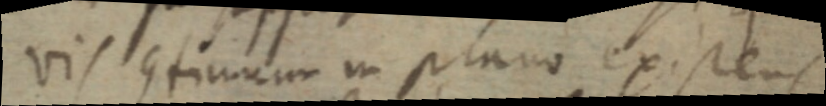
vis continuum in plano existens